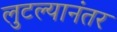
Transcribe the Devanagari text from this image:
लुटल्यानंतर